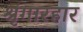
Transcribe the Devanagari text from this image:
श्रृंगारहार